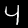
Digit: 4